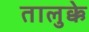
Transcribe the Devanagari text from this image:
तालुक्के